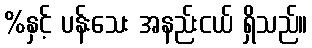
%နှင့် ပန်းသေး အနည်းငယ် ရှိသည်။